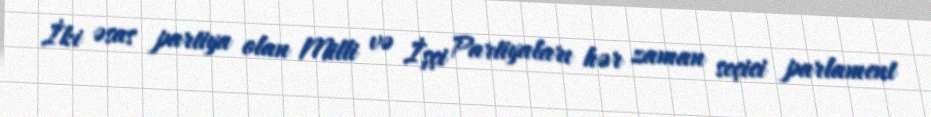
İki əsas partiya olan Milli və İşçi Partiyaları hər zaman seçici parlament